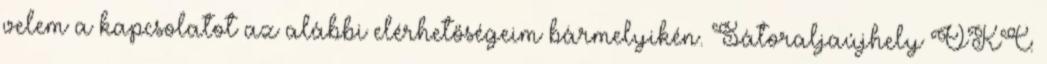
velem a kapcsolatot az alábbi elérhetőségeim bármelyikén. Sátoraljaújhely ÓKC: